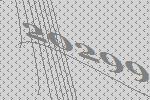
20299